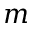
m